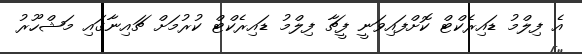
އެ ފިލްމު ޑައިރެކްޓް ކޮށްފައިވަނީ ފީޗާ ފިލްމު ޑައިރެކްޓް ކުރުމަށް ޗައިނާގައި މަޝްހޫރު